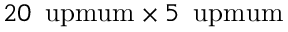
2 0 \, \mathrm { \ u p m u m } \times 5 \, \mathrm { \ u p m u m }